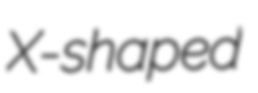
X-shaped